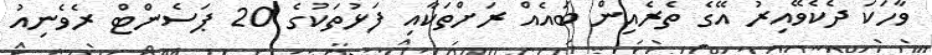
ވާހަކަ ދެކެވޭއިރު އޭގެ ތެރެއިން ބައެއް ރަށްތަކާއި ފަޅުތަކުގެ 20 ޕަސެންޓް ރެވެނިއު